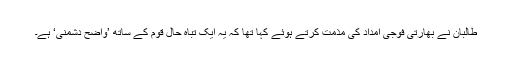
طالبان نے بھارتی فوجی امداد کی مذمت کرتے ہوئے کہا تھا کہ یہ ایک تباہ حال قوم کے ساتھ ’واضح دشمنی‘ ہے۔